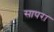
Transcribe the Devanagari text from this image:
सापरा